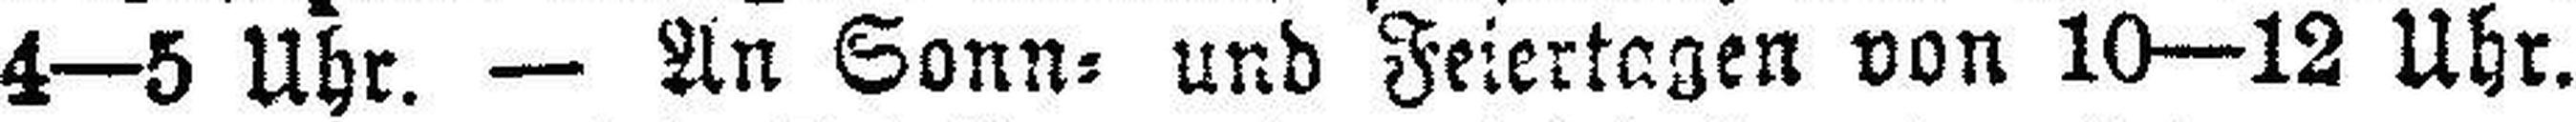
4—5 Uhr. — An Sonn= und Feiertagen von 10—12 Uhr.